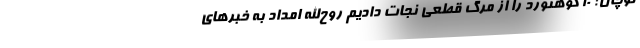
توچال: 10 کوهنورد را از مرگ قطعی نجات دادیم روح‌الله امداد به خبرهای